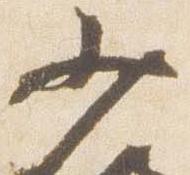
少